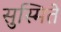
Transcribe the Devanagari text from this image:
सुस्मिते